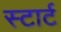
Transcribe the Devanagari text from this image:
स्‍टार्ट